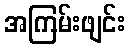
အကြမ်းဖျင်း